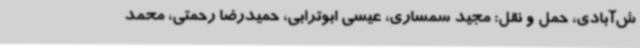
ش‌آبادی، حمل و نقل: مجید سمساری، عیسی ابوترابی، حمیدرضا رحمتی، محمد